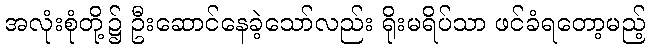
အလုံးစုံတို့၌ ဦးဆောင်နေခဲ့သော်လည်း ရိုးမရိပ်သာ ဖင်ခံရတော့မည့်